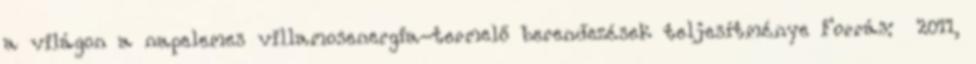
a világon a napelemes villamosenergia-termelő berendezések teljesítménye Forrás: 2011,